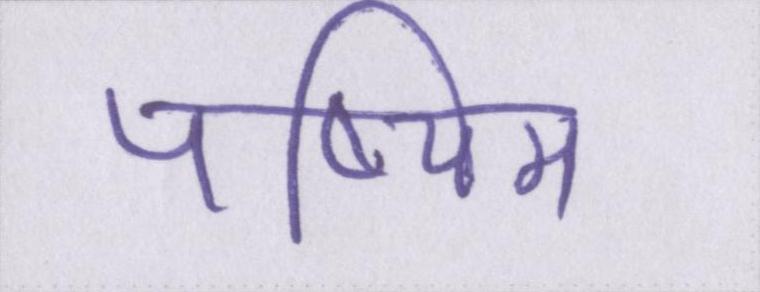
पष्चिम